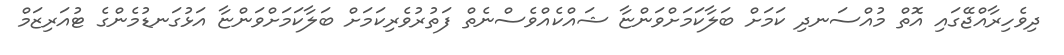
ދިވެހިރާއްޖޭގައި އޮތް މުއްސަނދި ކަމަށް ބަލާކަމަށްވަންޏާ ޝައްކެއްވެސްނެތް ފަތުރުވެރިކަމަށް ބަލާކަމަށްވަންޏާ އަޅުގަނޑުމެންގެ ޓުއަރިޒަމް